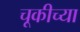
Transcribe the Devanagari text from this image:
चूकीच्या